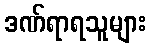
ဒဏ်ရာရသူများ